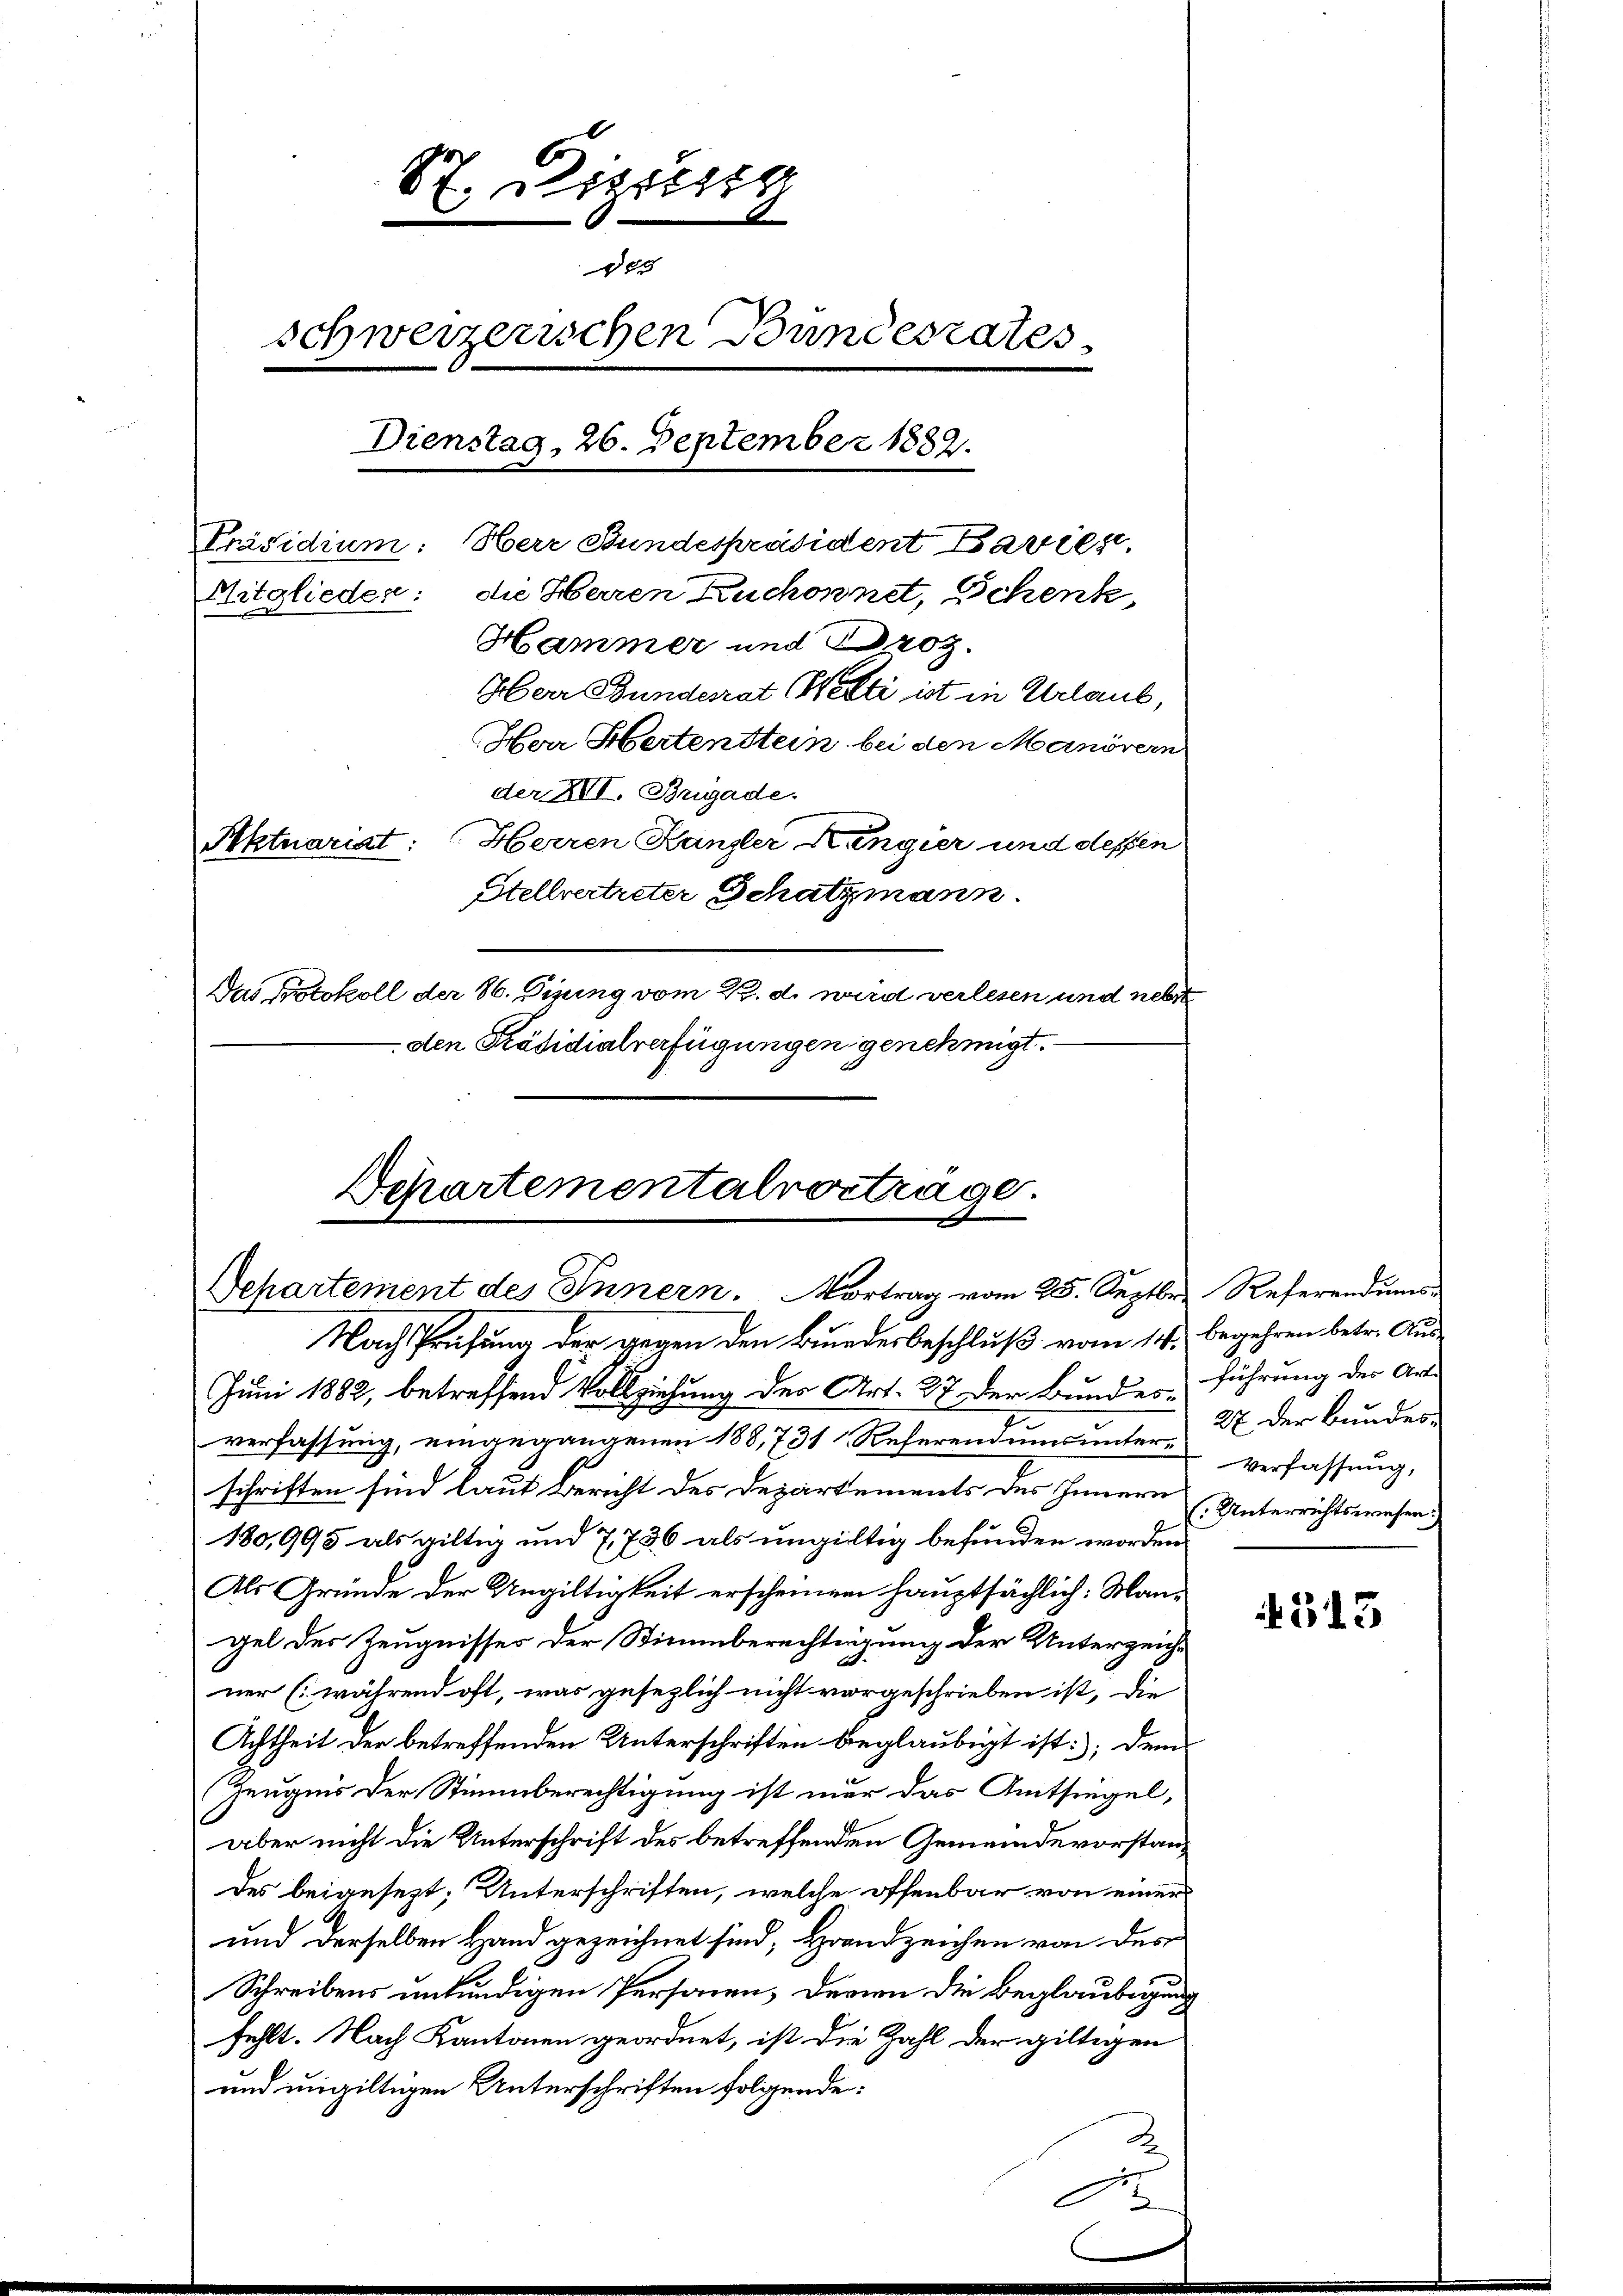
e
St. Bezir
388
schweizerischen Bundesrates
Dienstag, 26. Deptember 1889.
Präsidium. Herr Stundespräsident Bavier,
Mitglieder: die Herren Ruchonnet, Schenk,
Hammer und Droz.
Herr Bunderrat (Wetti ist in Urlaub,
Her Hertenstein bei den Manövern
der XII. Brigade.
Aktuariat: Herren Kanzler Kengier und dessen
Stellvertreter Schatzmann.
Das Protokoll der 86. Dizung vom K. d. wird verlesen und nebste
-den Präsidialverfügungen genehmigt.

Juni 1882, betreffend Vollziehung der Art. 37 der Bundes 27 der Bundes-
verfassung, eingegangenen 188,731 Referendums untere Verfassung,
schriften sind laut Bericht des Departements des Innern (Unterrichtswesen.
180,995 als giltig und 7736 als ungültig befunden worden.
Als Gründe der Ungültigkeit erscheinen hauptsächlich: Mangel des Zeugnisses der Stimmberechtigung der Unterzeichner (während oft, was gesezlich nicht vorgeschrieben ist, die
Achtheit der betreffenden Unterschriften beglaubigt ist: dem
Zeugnis der Stimmberechtigung ist nur das Amtsiegel,
aber nicht die Unterschrift des betreffenden Gemeindevorstandes beigesezt, Unterschriften, welche offenbar von einer
und derselben Hand gezeichnet sind, Handzeichen von des
Schreibens unkündigen Personen, deren die Beglaubigung
fehlt. Nach Kantonen geordnet, ist die Zahl der giltigen
und ungültigen Unterschriften folgende:

Schartementalvorträge.
Departement des Innern. Vortrag vom 25. Septbr. Referendums-
Nach Prüfung der gegen den Bundesbeschluß vom 14. begehren betr. Aus-

C

führung des Art.

4513